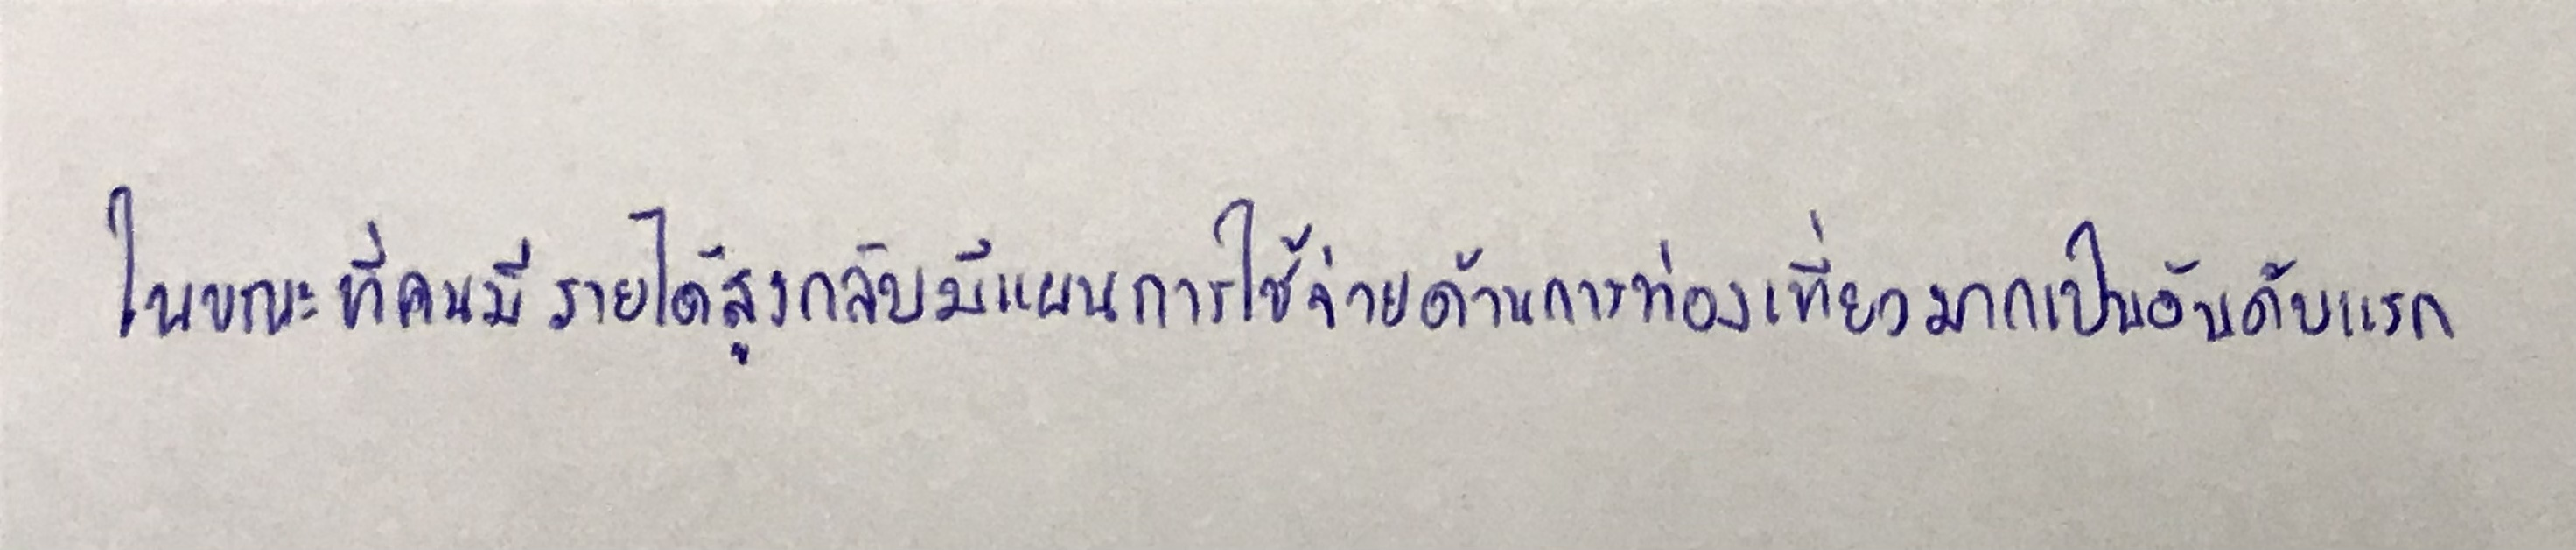
ในขณะที่คนมีรายได้สูงกลับมีแผนการใช้จ่ายด้านการท่องเที่ยวมากเป็นอันดับแรก